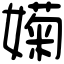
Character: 𡡣